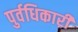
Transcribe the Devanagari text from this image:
पुर्वधिकारी